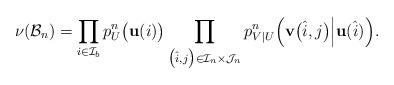
LaTeX: \begin{align*} \nu(\mathcal{B}_n)= \prod_{i\in\mathcal{I}_b}p^n_U\big(\mathbf{u}(i)\big) \prod_{\big(\hat{i},j\big)\in\mathcal{I}_n\times\mathcal{J}_n}p^n_{V|U}\Big(\mathbf{v}\big(\hat{i},j\big)\Big|\mathbf{u}(\hat{i})\Big).\end{align*}